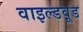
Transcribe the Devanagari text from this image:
वाइल्डवूड